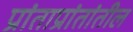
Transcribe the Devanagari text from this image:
प्रांताप्रांतांतील